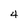
Character: 4